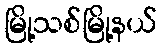
မြို့သစ်မြို့နယ်